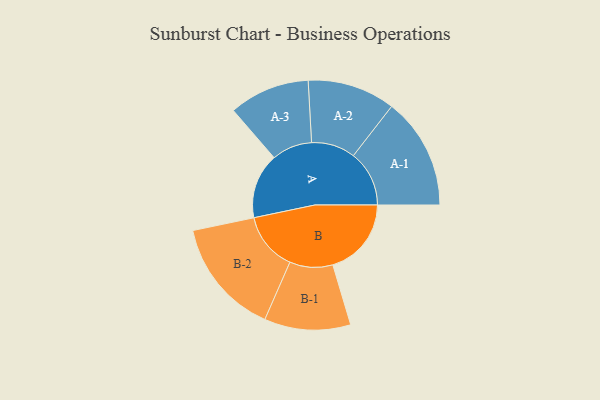
{"axis": {"x": "Segment", "y": "Value"}, "legend": ["", "A", "B"], "data": [{"x": "A", "y": 333, "type": ""}, {"x": "B", "y": 401, "type": ""}, {"x": "A-1", "y": 285, "type": "A"}, {"x": "A-2", "y": 224, "type": "A"}, {"x": "A-3", "y": 206, "type": "A"}, {"x": "B-1", "y": 220, "type": "B"}, {"x": "B-2", "y": 298, "type": "B"}]}